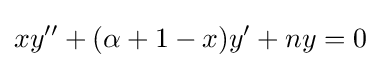
xy''+(\alpha +1-x)y'+ny=0